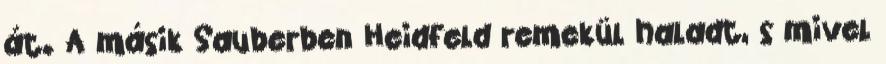
át. A másik Sauberben Heidfeld remekül haladt, s mivel